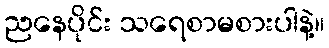
ညနေပိုင်း သရေစာမစားပါနဲ့။